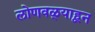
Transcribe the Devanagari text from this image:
लोणवळ्याहून